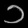
Digit: ၁